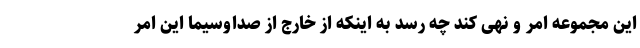
این مجموعه امر و نهی کند چه رسد به اینکه از خارج از صداوسیما این امر